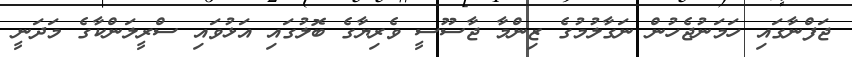
ޖަފްނާގައި ހަމަނުޖެހުން ނަގާލުމުގެ ޒިންމާ ޖާސޫސީ ވެރިޔާގެ ބޮލުގައި އަޅުވައި ސްރީލަންކާގެ މަދަނީ